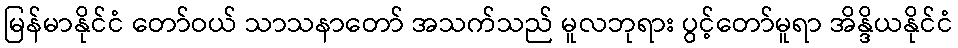
မြန်မာနိုင်ငံ တော်ဝယ် သာသနာတော် အသက်သည် မူလဘုရား ပွင့်တော်မူရာ အိန္ဒိယနိုင်ငံ